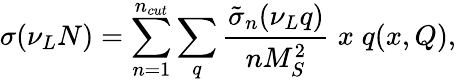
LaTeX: \sigma(\nu_{L}N)=\sum_{n=1}^{n_{cut}}\sum_{q}{\frac{\tilde{\sigma}_{n}(\nu_{L}q)}{nM_{S}^{2}}}\; x\; q(x,Q),